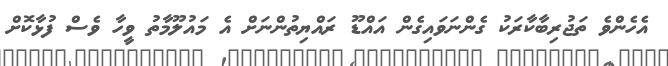
އެހެންވެ ތަޖުރިބާކާރަކު ގެންނަވައިގެން އައްޑޫ ރައްޔިތުންނަށް އެ މައުލޫމާތު ވީހާ ވެސް ފުޅާކޮށް